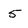
Character: 5